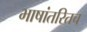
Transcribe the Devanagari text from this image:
भाषांतरितच